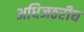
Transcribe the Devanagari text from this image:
अधिजठरीय